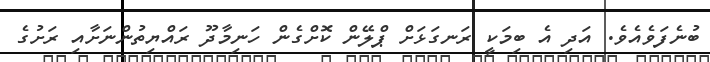
ބުނެފަވެއެވެ. އަދި އެ ބިމަކީ ރަނގަޅަށް ޕްލޭން ކޮށްގެން ހަނިމާދޫ ރައްޔިތުންނަށާއި ރަށުގެ